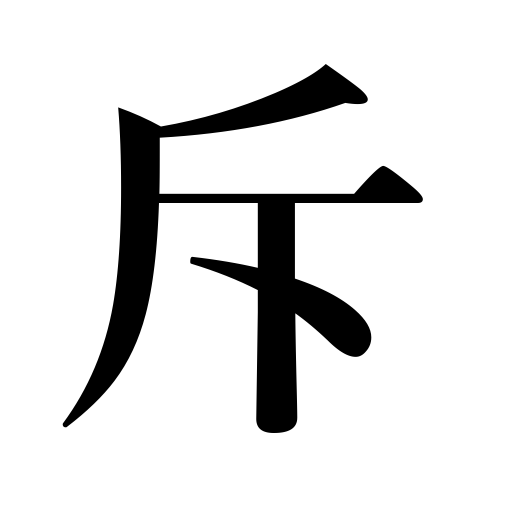
Meanings: withdraw,retreat,recede